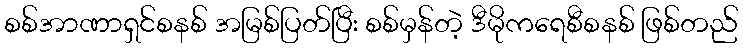
စစ်အာဏာရှင်စနစ် အမြစ်ပြတ်ပြီး စစ်မှန်တဲ့ ဒီမိုကရေစီစနစ် ဖြစ်တည်